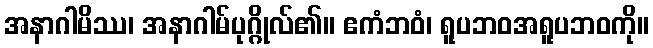
အနာဂါမိဿ၊ အနာဂါမ်ပုဂ္ဂိုလ်၏။ ဧကံဘဝံ၊ ရူပဘဝအရူပဘဝကို။